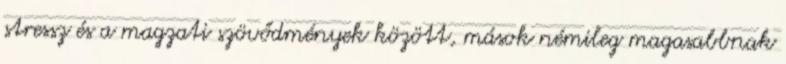
stressz és a magzati szövődmények között, mások némileg magasabbnak